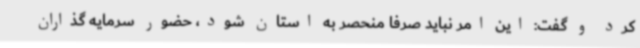
کرد و گفت: این امر نباید صرفاً منحصر به استان شود، حضور سرمایه گذاران